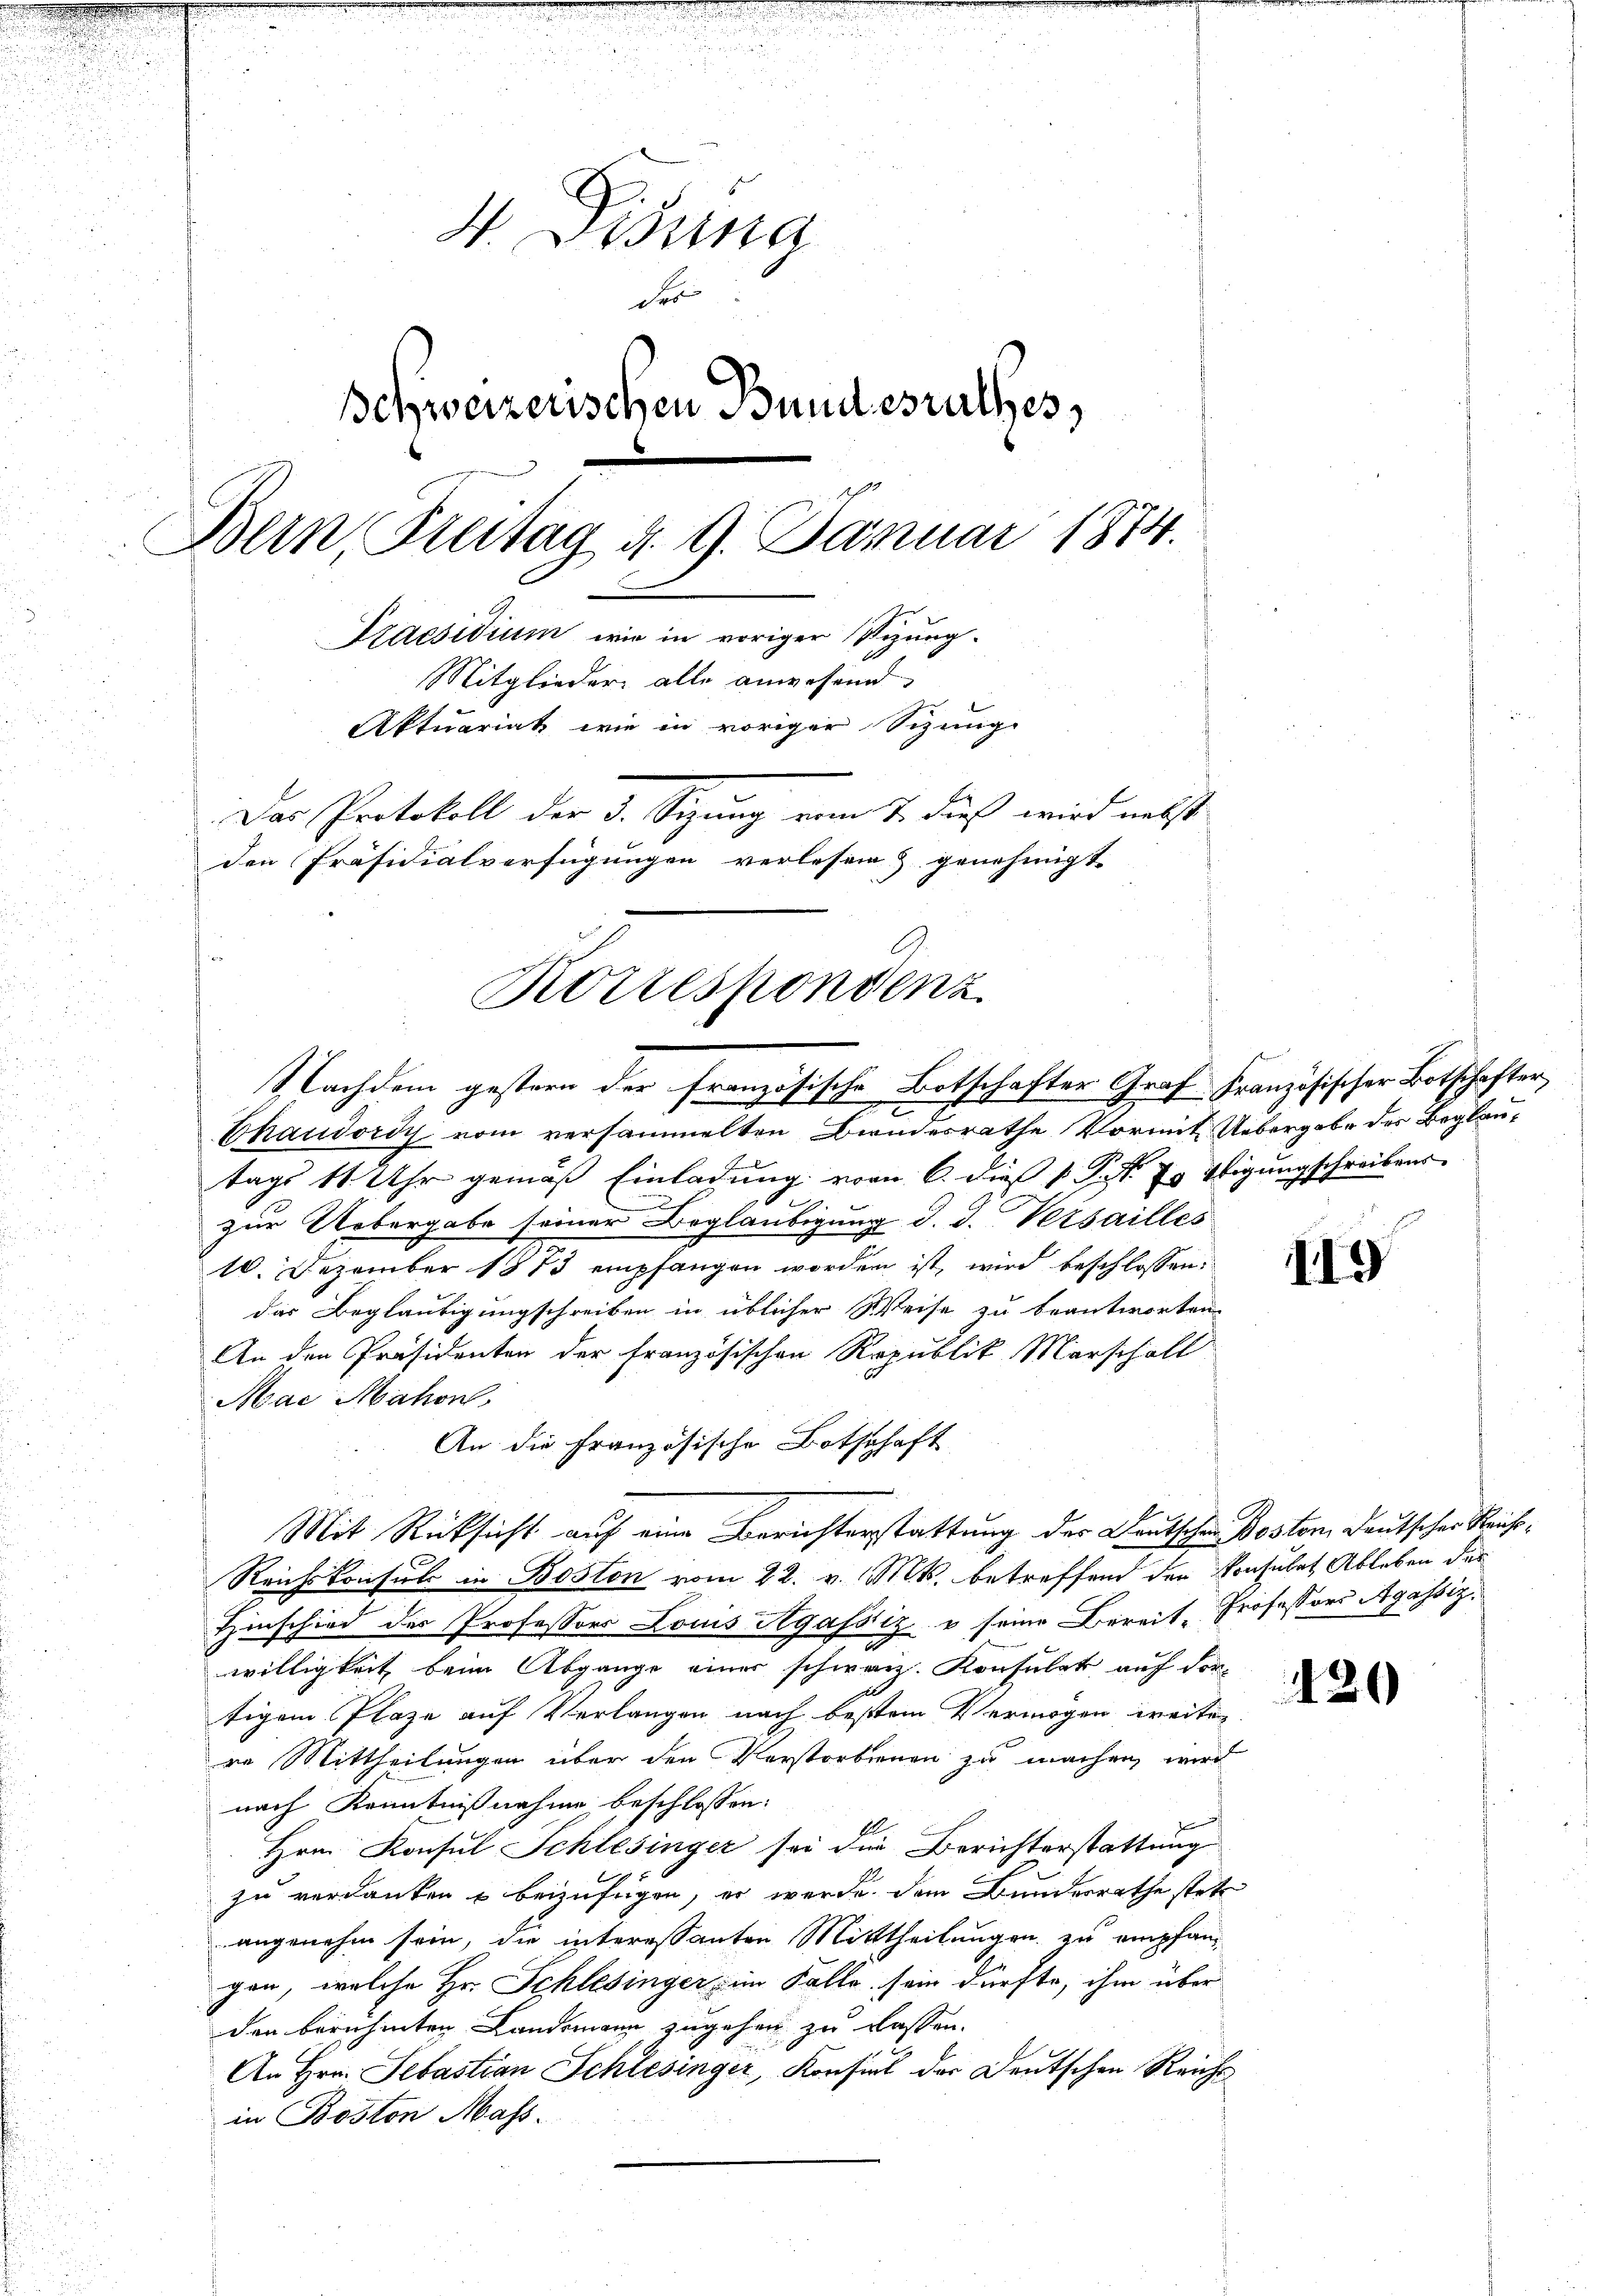
d
V. Gesung
des
Schweizerischen Bundesrathes,
Bern, Steitag d. 9. Januar 1874.
Praesidium, wie in voriger Sitzung.
Mitglieder alle anwesend
Aktuariat wie in voriger Schinge
Das Protokoll der 3. Sizung vom 7. dieß wird nebst
den Präsidialverfügungen verlesen & genehmigt
Korrespondenz

Nachdem gestern der französische Botschafter Graf Französischer Botschafter,

Ehaudordy vom versammelten Bindesrathe Vormit Uebergabe des Beglautags 11 Uhr gemäß Einladung vom 6. dieß Jak. Er stigungschreibens
n
zur Uebergabe seiner Beglaubigung d. d. Versailles
10. Dezember 1873 empfangen worden ist, wird beschlossen:
das Beglaubigungschreiben in üblicher Weise zu beantworten.
An den Präsidenten der französischen Republik Marscholl
Mac Mahon
An die französische Botschaft
Mit Rücksicht auf eine Berichterstattung der Deutschen Postern Deutscher Reiche¬
Reichskonsuls in Boston vom 22. v. Mts. betreffend den konsulat Ableben der
Hinschied des Professors Louis Agassiz u. seine Bereit-Professors Agassizwilligkeit beim Abgange einer schweiz. Konsulat auf dortigem Plaze auf Verlangen nach bestem Vermögen weiter
in Mittheilungen über den Verstorbenen zu machen wird
nach Kenntnißnahme beschlossen:
Hrn. Konsul Schlesinger sei die Berichterstattung
zu verdanken u beizufügen, er werde dem Bundesrathe stete
angenehm sein, die interessanten Mitttheilungen zu empfangen, welche Hr. Schlesinger im Falle sein dürfte, ihm über
den berühmten Landemann zugehen zu lassen.
An Hrn. Sebastian Schlesinger, Konsul der Deutschen Reichs
in Boston Mass.

119

420